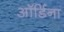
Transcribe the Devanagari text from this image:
ऑर्डिना